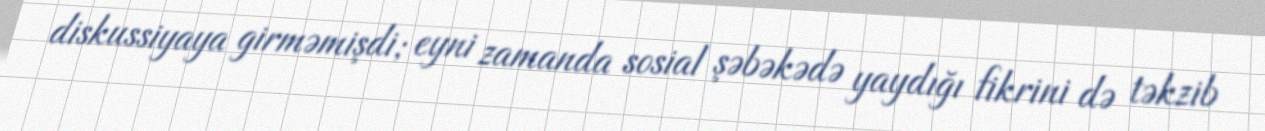
diskussiyaya girməmişdi; eyni zamanda sosial şəbəkədə yaydığı fikrini də təkzib